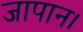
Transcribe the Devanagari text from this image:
जापान।